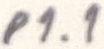
Text: P1.1